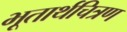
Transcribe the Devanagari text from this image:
भूतार्थचित्रण